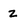
Character: Z